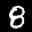
Label: 8